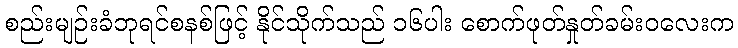
စည်းမျဉ်းခံဘုရင်စနစ်ဖြင့် နိုင်သိုက်သည် ၁၆ပါး စောက်ဖုတ်နှုတ်ခမ်းဝလေးက